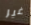
غير